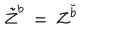
\tilde { Z } ^ { b } \, = \, Z ^ { \tilde { b } }